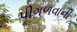
પીગળવાની